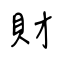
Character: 財